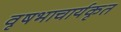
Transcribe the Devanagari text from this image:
वृषभाचार्यकृत